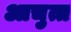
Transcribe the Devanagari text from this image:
आचुत्त